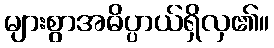
များစွာအဓိပ္ပာယ်ရှိလှ၏။